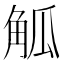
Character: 觚